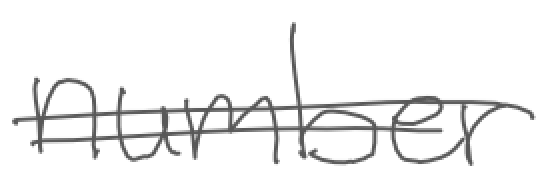
Text: number
Cross-out: double-line
Writing tool: digital_gray